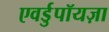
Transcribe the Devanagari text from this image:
एवर्डुपॉयज़ा